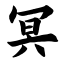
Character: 冥